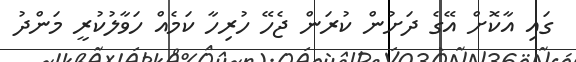
ގައި އާކޮށް އޭގެ ދަށުން ކުރަން ޖެހޭ ހުރިހާ ކަމެއް ހަވާލުކުރީ މަންދު